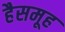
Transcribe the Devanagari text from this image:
हैसमूह